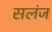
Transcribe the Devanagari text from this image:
सलंज